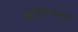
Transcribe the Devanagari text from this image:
सानायंग्बा